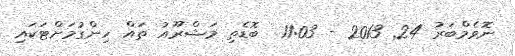
ނޮވެމްބަރު 24